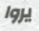
يروا